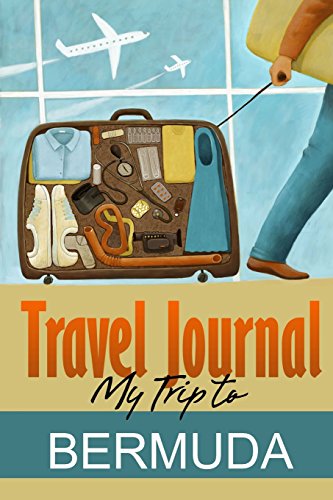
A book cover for Travel Journal: My Trip to Bermuda; Travel Diary; Travel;